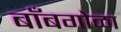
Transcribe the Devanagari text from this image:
बाँबगोळा